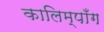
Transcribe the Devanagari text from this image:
कालिम्पाँग